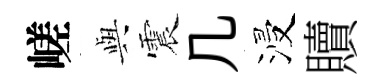
嵯𫤰震几浸贖